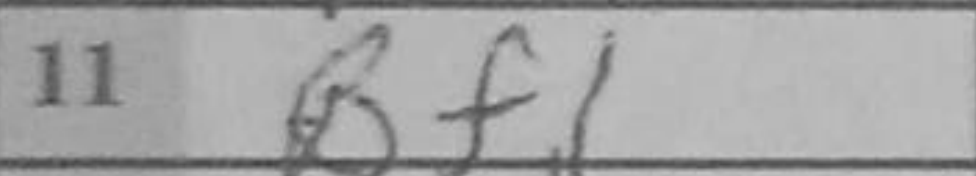
Transcription: Bf1